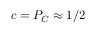
c = P _ { C } \approx 1 / 2